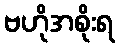
ဗဟိုအစိုးရ